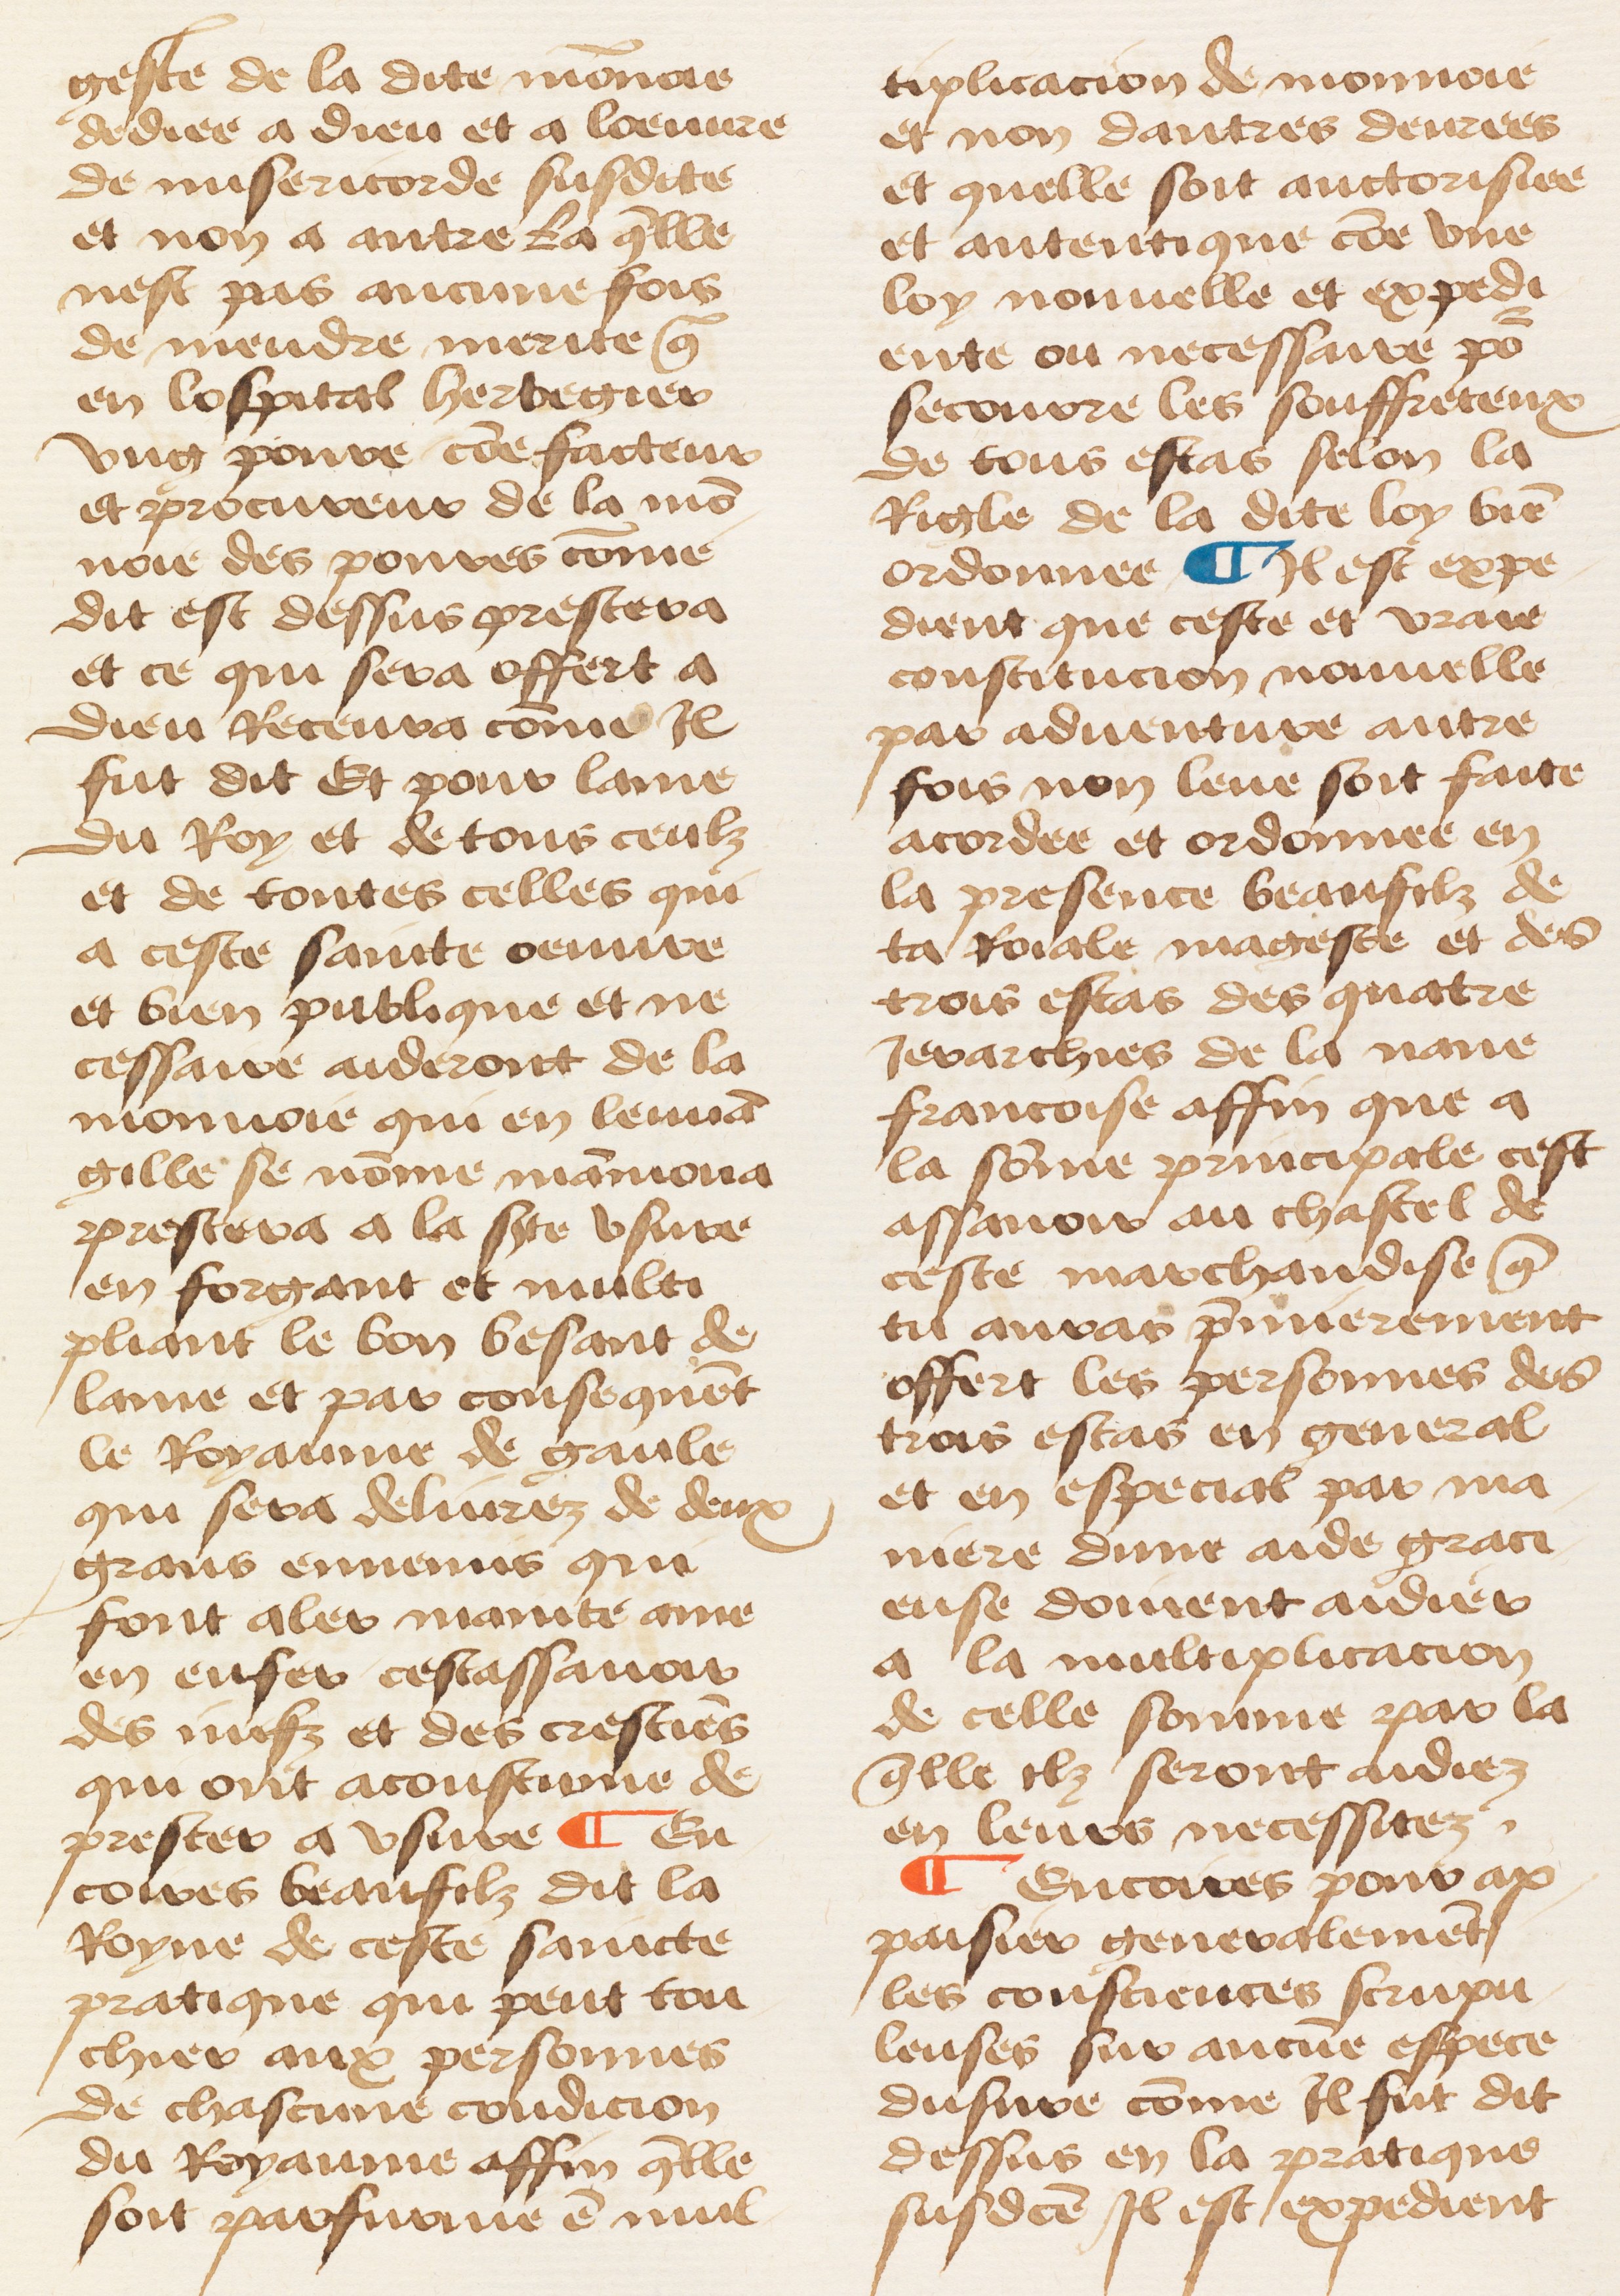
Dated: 1460–1470